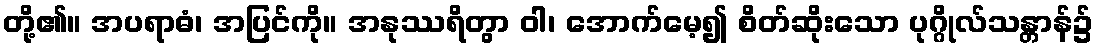
တို့၏။ အပရာဓံ၊ အပြင်ကို။ အနုဿရိတွာ ဝါ၊ အောက်မေ့၍ စိတ်ဆိုးသော ပုဂ္ဂိုလ်သန္တာန်၌